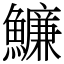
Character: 𩼔